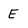
Character: E